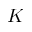
{ \cal K }